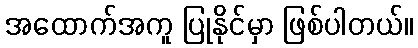
အထောက်အကူ ပြုနိုင်မှာ ဖြစ်ပါတယ်။